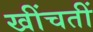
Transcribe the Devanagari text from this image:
खींचतीं